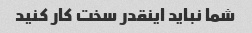
شما نباید اینقدر سخت کار کنید